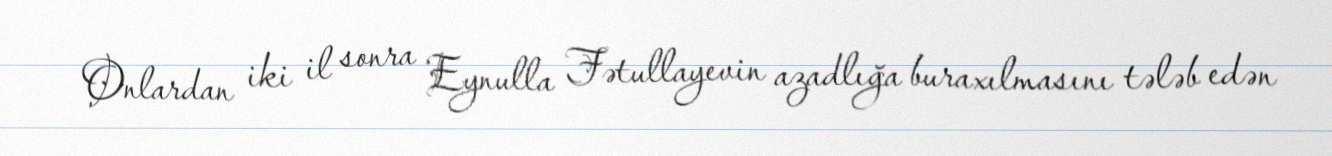
Onlardan iki il sonra Eynulla Fətullayevin azadlığa buraxılmasını tələb edən